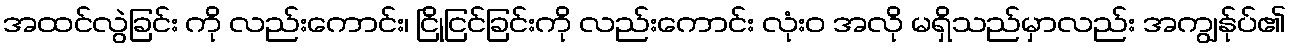
အထင်လွဲခြင်း ကို လည်းကောင်း၊ ငြိုငြင်ခြင်းကို လည်းကောင်း လုံးဝ အလို မရှိသည်မှာလည်း အကျွန်ုပ်၏